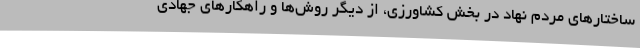
ساختارهای مردم نهاد در بخش کشاورزی، از دیگر روش‌ها و راهکارهای جهادی